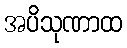
အပိသုဏာထ